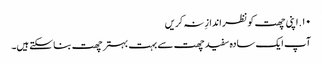
۱۰. اپنی چھت کو نظر اندازِ نہ کریں
آپ ایک سادہ سفید چھت سے بہت بہتر چھت بنا سکتے ہیں۔